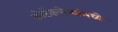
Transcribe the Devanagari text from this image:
कोर्टकचेर्‍यांमध्ये